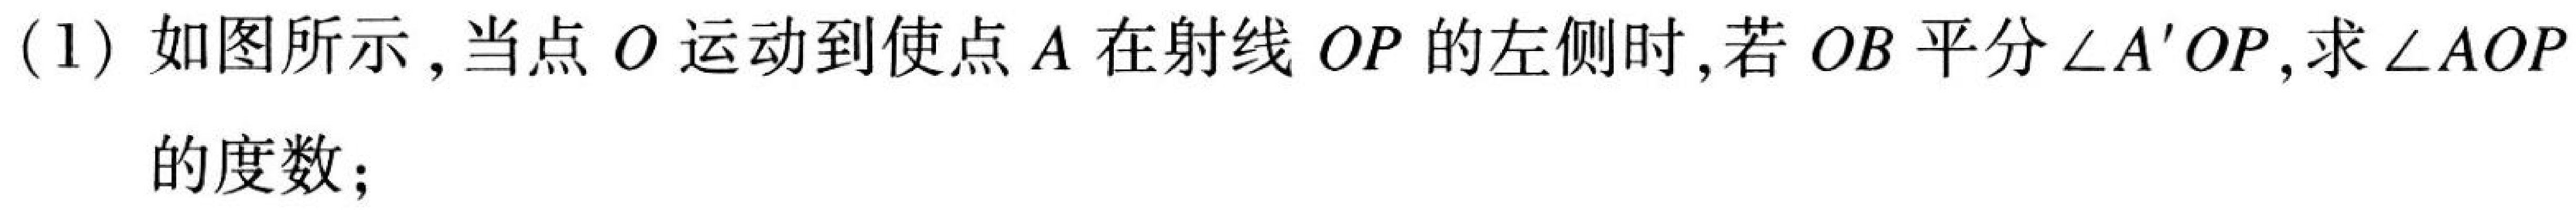
(1) 如图所示,当点 \(O\) 运动到使点 \(A\) 在射线 \(OP\) 的左侧时,若 \(OB\) 平分 \(\angle A'OP\),求 \(\angle AOP\)
的度数;